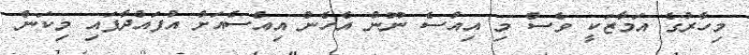
މިހާރުގެ އަމާޒަކީ ވެސް މި އިއްސެ ނޫން އެހެން އިއްސެއަށް އުފައްދާފައި މިކަން